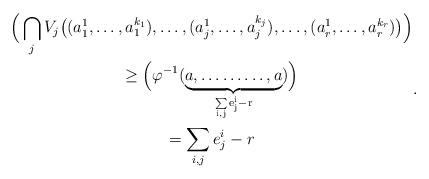
LaTeX: \begin{align*}\begin{gathered}\Big( \bigcap\limits_{j} V_j\big((a^1_{1}, \ldots, a^{k_1}_1), \ldots, (a^1_j,\ldots, a^{k_j}_j), \ldots, (a^1_r, \ldots, a^{k_r}_r)\big) \Big) \\ \geq \Big(\varphi^{-1} (\underbrace{a,\ldots \ldots \ldots,a}_\mathrm{\sum\limits_{i,j} e^i_j -r})\Big) \\= \sum\limits_{i,j} e^i_j -r\end{gathered}. \end{align*}